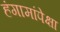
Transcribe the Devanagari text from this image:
हंगामांपेक्षा